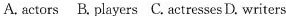
A. actors B. payers C.actresses D. writers